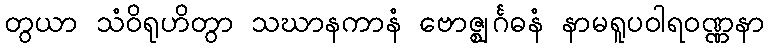
တွယာ သံဝိရုဟိတွာ သဃာနကာနံ ဗောဇ္ဈင်္ဂဓနံ နာမရူပဝါရဝဏ္ဏနာ